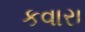
કવારા